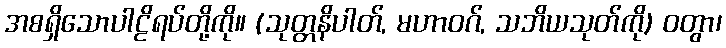
အစရှိသောပါဠိရပ်တို့ကို။ (သုတ္တနိပါတ်, မဟာဝဂ်, သဘိယသုတ်ကို) ဝတွာ၊